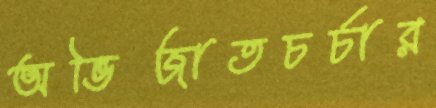
অভিজাতচর্চার